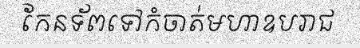
កែនទ័ពទៅកំចាត់មហាឧបរាជ